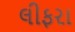
લીફરા